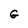
Character: G